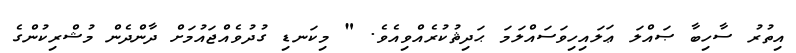
އިތުރު ސާހިބާ ޞައްލަ ޢަލައިހިވަސައްލަމަ ޙަދިޘުކުރެއްވިއެވެ. " މިކަނޑި ގުދުވެއްޖައުމަށް ދާންދެން މުޝްރިކުންގެ